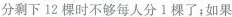
分剩下12棵时不够每人分1棵了:如果